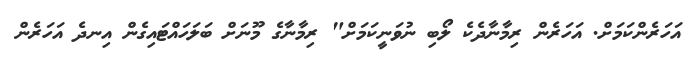
އަހަރެންކަމަށް. އަހަރެން ރިމާނާދެކެ ލޯބި ނުވަނީކަމަށް" ރިމާނާގެ މޫނަށް ބަލަހައްޓައިގެން އިނދެ އަހަރެން